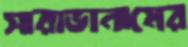
সারাভানামের